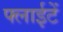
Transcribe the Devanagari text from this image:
फ्लाईटें